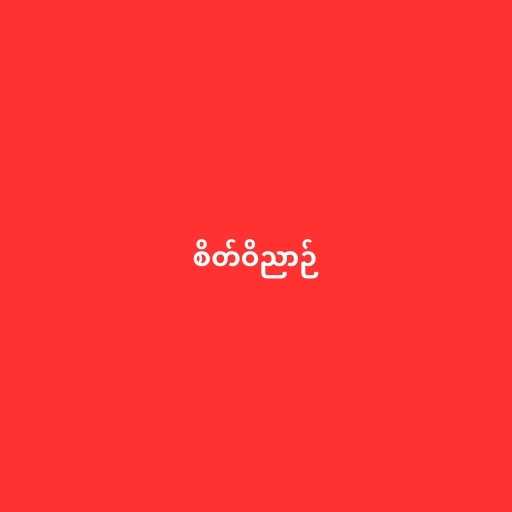
စိတ်ဝိညာဉ်